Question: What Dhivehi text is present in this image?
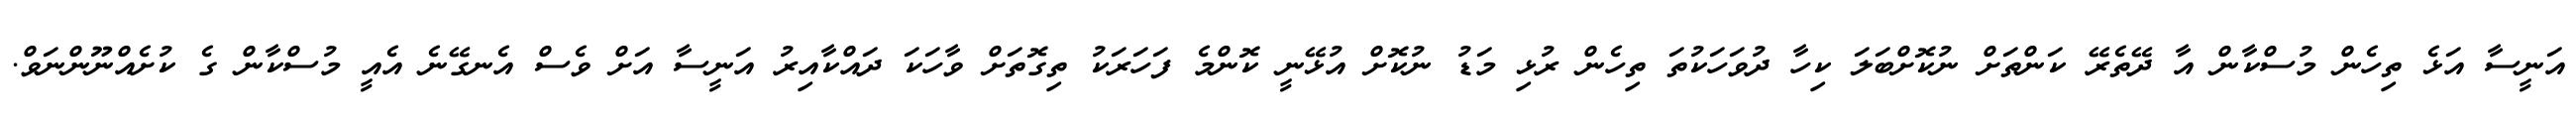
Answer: އަނީސާ އަޅެ ތިހެން މުސްކާން އާ ދޭތެރޭ ކަންތަށް ނުކޮށްބަލަ ކިހާ ދުވަހަކުތަ ތިހެން ރުޅި މަޑު ނުކޮށް އުޅޭނީ ކޮންމެ ފަހަރަކު ތިގޮތަށް ވާހަކަ ދައްކާއިރު އަނީސާ އަށް ވެސް އެނގޭނެ އެއީ މުސްކާން ގެ ކުށެއްނޫންނަވް.